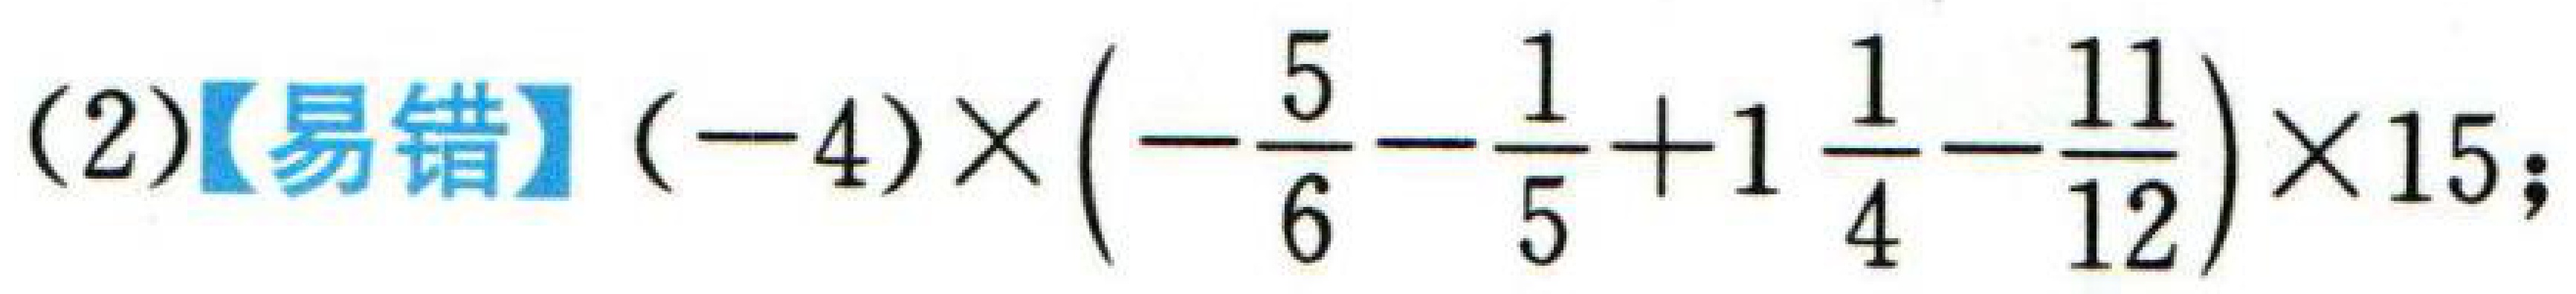
(2)【易错】$(-4)\times\left(-\dfrac{5}{6}-\dfrac{1}{5}+1\dfrac{1}{4}-\dfrac{11}{12}\right)\times15;$